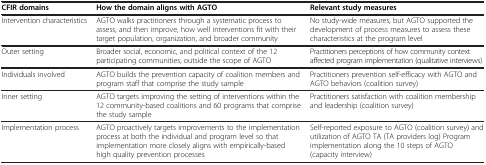
| CFIR domains | How the domain aligns with AGTO | Relevant study measures |
 | --- | --- | --- |
 | Intervention characteristics | AGTO walks practitioners through a systematic process to assess, and then improve, how well interventions fit with their target population, organization, and broader community | No study-wide measures, but AGTO supported the development of process measures to assess these characteristics at the program level |
 | Outer setting | Broader social, economic, and political context of the 12 participating communities, outside the scope of AGTO | Practitioners perceptions of how community context affected program implementation (qualitative interviews) |
 | Individuals involved | AGTO builds the prevention capacity of coalition members and program staff that comprise the study sample | Practitioners prevention self-efficacy with AGTO and AGTO behaviors (coalition survey) |
 | Inner setting | AGTO targets improving the setting of interventions within the 12 community-based coalitions and 60 programs that comprise the study sample | Practitioners satisfaction with coalition membership and leadership (coalition survey) |
 | Implementation process | AGTO proactively targets improvements to the implementation process at both the individual and program level so that implementation more closely aligns with empirically-based high quality prevention processes | Self-reported exposure to AGTO (coalition survey) and utilization of AGTO TA (TA providers log) Program implementation along the 10 steps of AGTO (capacity interview) |